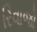
રિવાજો